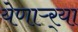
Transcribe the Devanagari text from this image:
येणाऱ्र्‍या